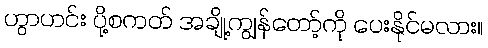
ဟွာဟင်း ပို့စကတ် အချို့ကျွန်တော့်ကို ပေးနိုင်မလား။